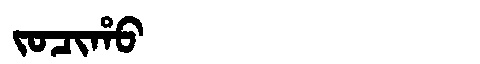
Manchu: ᠵᠣᠴᡳᡥᠣ
Romanization: JOCIHO